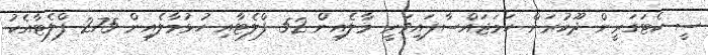
ސީ ކެޓަގަރީން ދޫކުރަން ހަމަޖައްސާފައިވަނީ މާލެއިން 52 ފްލެޓާއި ހުޅުމާލެއިން 275 ފްލެޓާއެކު